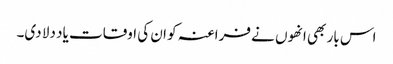
اس بار بھی انھوں نے فراعنہ کو ان کی اوقات یاد دلا دی۔